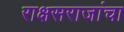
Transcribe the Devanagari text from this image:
राक्षसराजांचा